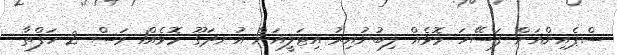
ސްޕެއިންއަށް ފަސޭހަ މޮޅެއް ލިބުނުއިރު އިޓަލީއަށް އުނދަގޫ މޮޅެއް1 މަސް 2 ހަފްތާ